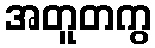
အတူတကွ